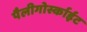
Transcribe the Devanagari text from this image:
पैलीगोर्स्काईट